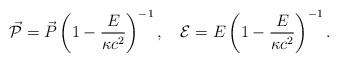
\begin{align*}\vec{\cal{P}} = \vec{P}\left(1 - \frac{E}{\kappa c^2}\right)^{-1} ,\quad {\cal{E}} = E\left(1 - \frac{E}{\kappa c^2}\right)^{-1} .\end{align*}